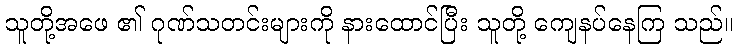
သူတို့အဖေ ၏ ဂုဏ်သတင်းများကို နားထောင်ပြီး သူတို့ ကျေနပ်နေကြ သည်။